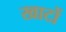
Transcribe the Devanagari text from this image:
खाटों